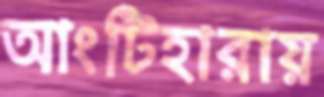
আংটিহারায়